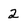
Character: 2